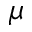
\mu